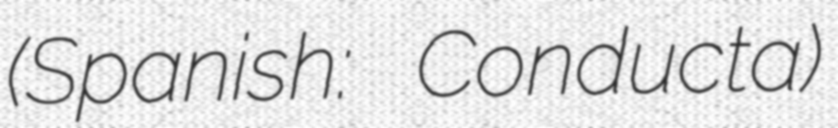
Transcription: (Spanish: Conducta)